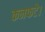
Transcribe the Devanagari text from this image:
कनफटे।